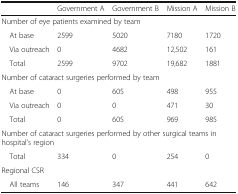
<table><thead><tr><td></td><td><b>Government A</b></td><td><b>Government B</b></td><td><b>Mission A</b></td><td><b>Mission B</b></td></tr></thead><tbody><tr><td colspan="5">Number of eye patients examined by team</td></tr><tr><td> At base</td><td>2599</td><td>5020</td><td>7180</td><td>1720</td></tr><tr><td> Via outreach</td><td>0</td><td>4682</td><td>12,502</td><td>161</td></tr><tr><td> Total</td><td>2599</td><td>9702</td><td>19,682</td><td>1881</td></tr><tr><td colspan="5">Number of cataract surgeries performed by team</td></tr><tr><td> At base</td><td>0</td><td>605</td><td>498</td><td>955</td></tr><tr><td> Via outreach</td><td>0</td><td>0</td><td>471</td><td>30</td></tr><tr><td> Total</td><td>0</td><td>605</td><td>969</td><td>985</td></tr><tr><td colspan="5">Number of cataract surgeries performed by other surgical teams in hospital’s region</td></tr><tr><td> Total</td><td>334</td><td>0</td><td>254</td><td>0</td></tr><tr><td colspan="5">Regional CSR</td></tr><tr><td> All teams</td><td>146</td><td>347</td><td>441</td><td>642</td></tr></tbody></table>